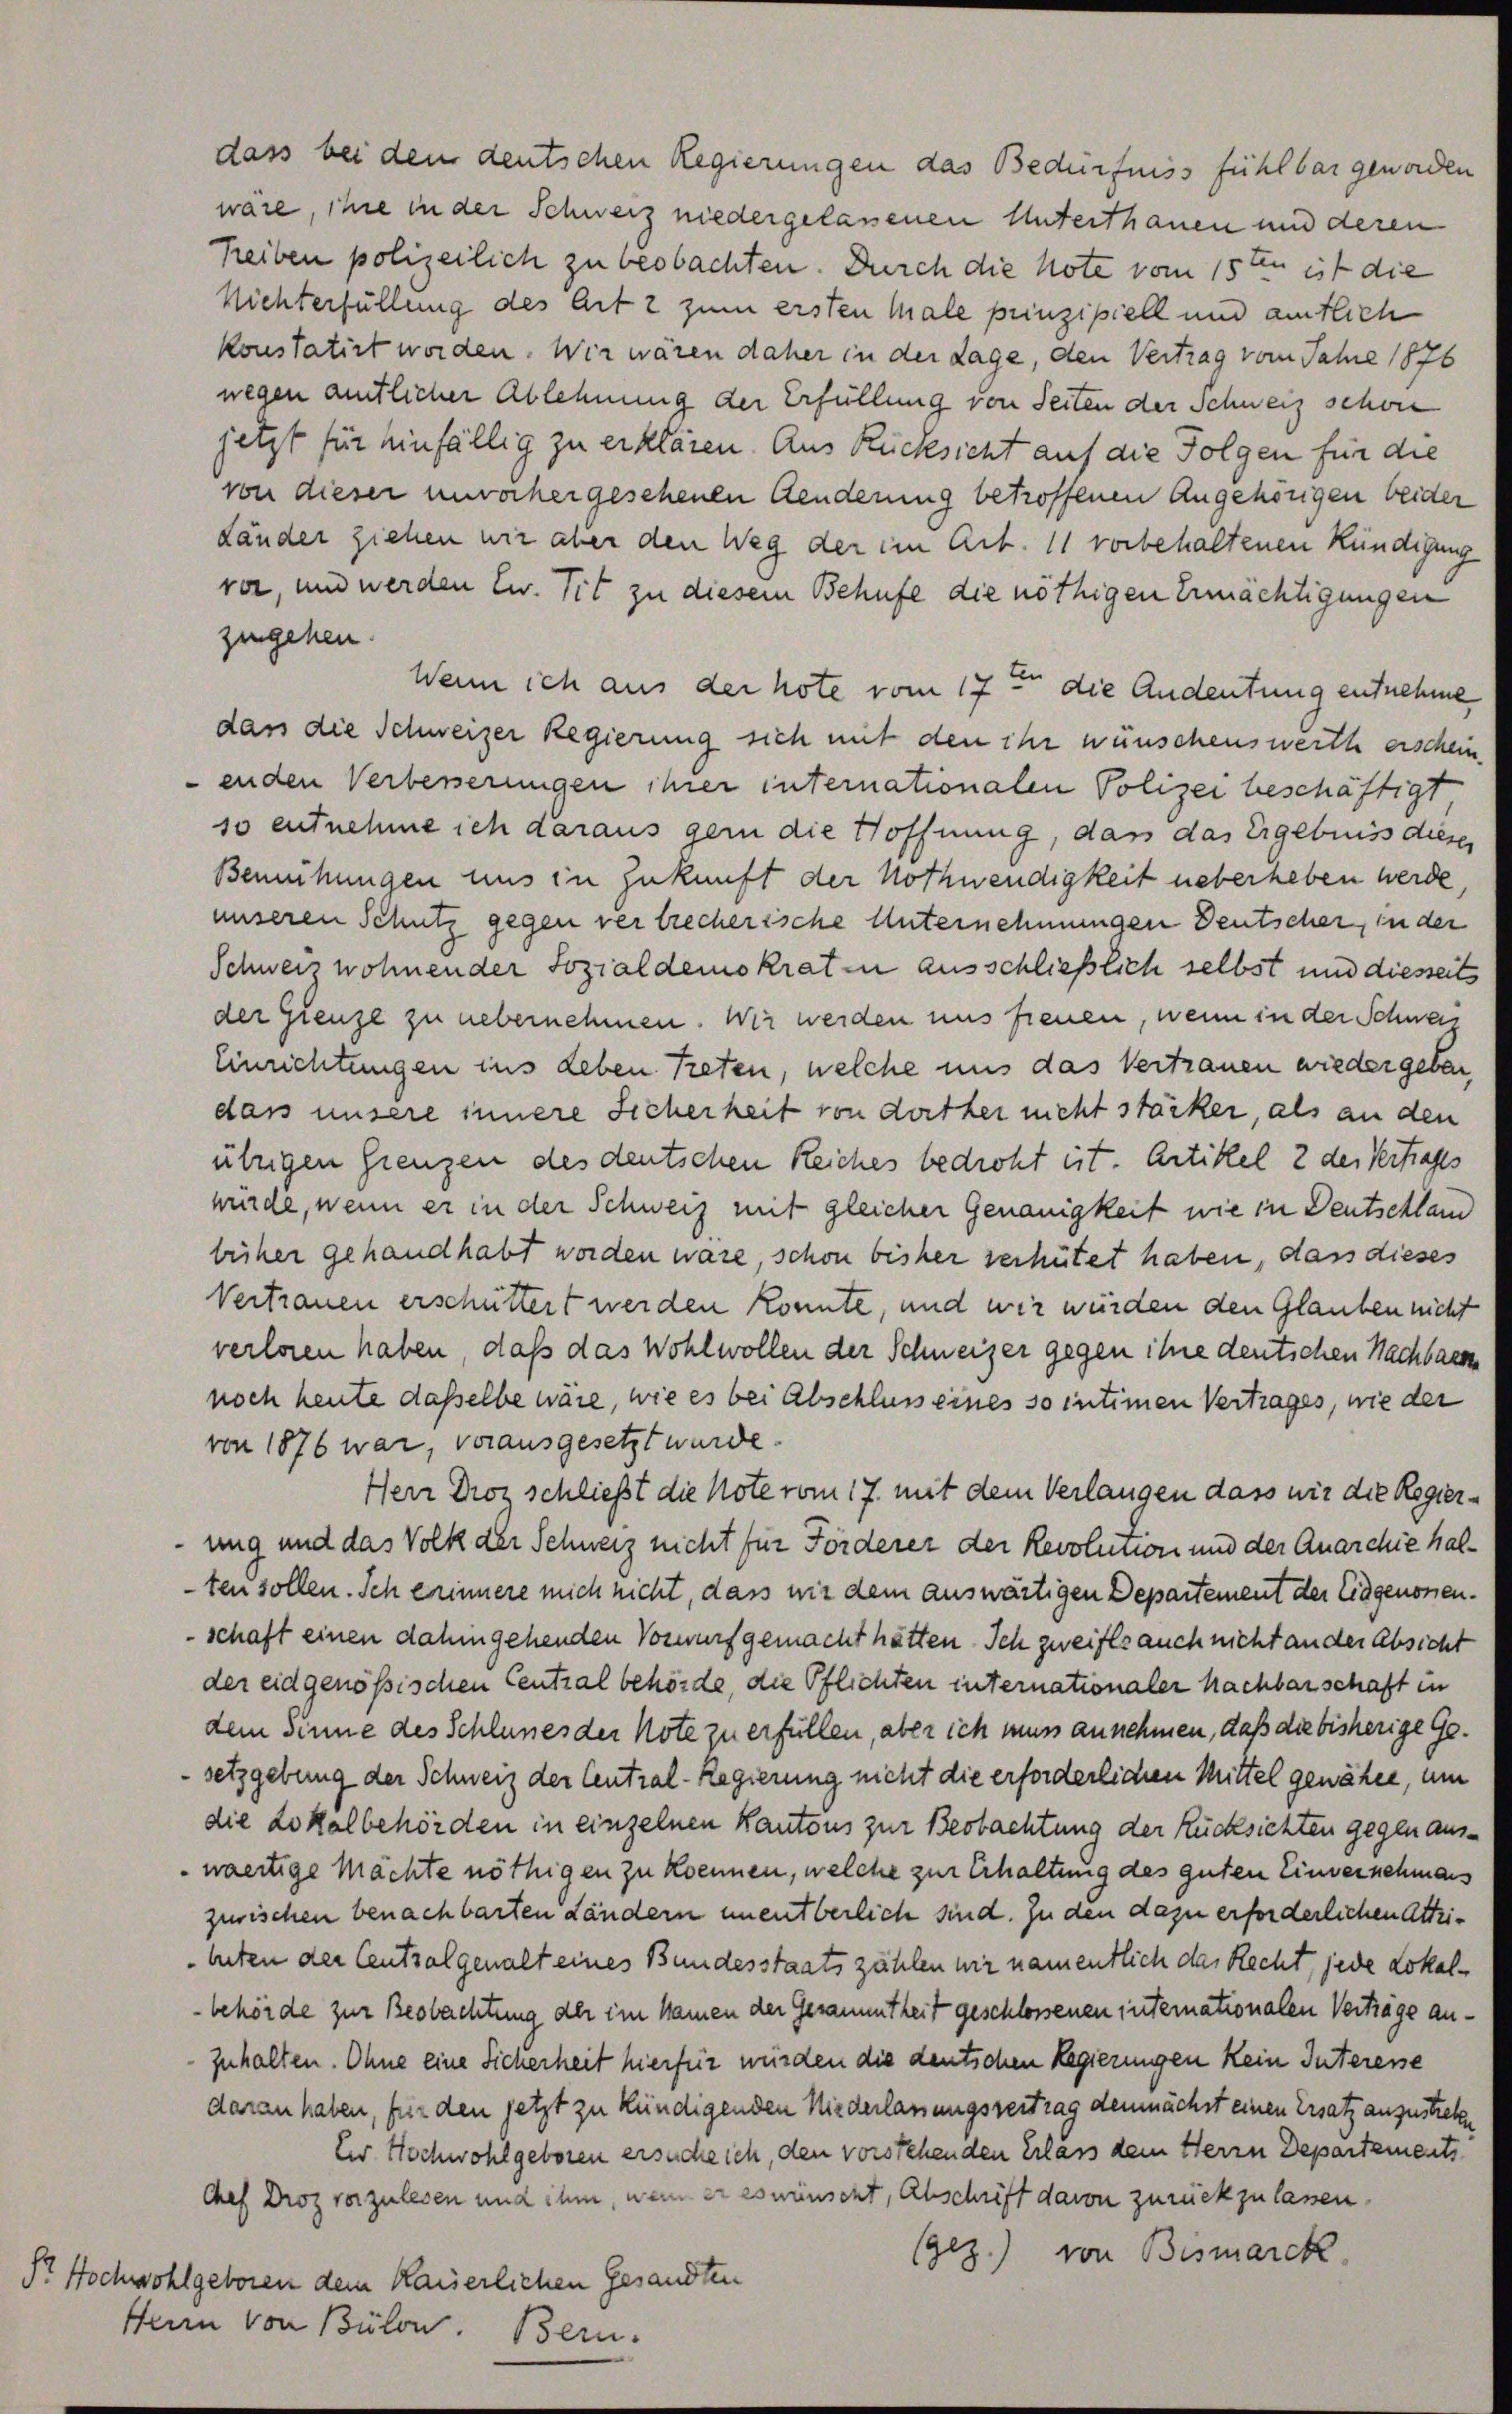
dass bei den deutschen Regierungen das Bedürfniss fühlbar geworden
wäre, ihre in der Schweiz niedergelassenen Unterthanen und deren
heiben polizeilich zu beobachten. Durch die Note vom 15ten ist die
Nichterfüllung des Art 2 zum ersten Male prinzipiell und amtlich
konstatirt worden. Wir wären daher in der Lage, den Vertrag vom Jahre 1876
wegen amtlicher Ablehnung der Erfüllung von Seiten der Schweiz schon
jetzt für hinfällig zu erklären. Aus Rücksicht auf die Folgen für die
von dieser unvorhergesehenen Aenderung betroffenen Angehörigen beider
Länder ziehen wir aber den Weg der im Art. 11 vorbehaltenen Kündigung
ver, und werden Ew. Tit zu diesem Behufe die nöthigen Ermächtigungen
zugehen.
Wenn ich aus der hote vom 17ten die Andeutung entnehme
dass die Schweizer Regierung sich mit den ihr wünschenswerth erschein.
enden Verbesserungen ihrer internationalen Polizei beschäftigt
so entnehme ich daraus gern die Hoffnung, dass das Ergebniss diesen
Bemühungen uns in Zukunft der Nothwendigkeit ueberheben werde,
unseren Schutz gegen vertrecherische Unternehmungen Deutscher, in der
Schweiz wohnender Sozialdemokraten ausschließlich selbst und diesseits
der Grenze zu nebernehmen. Wir werden uns freuen, wenn in der Schwei
Einrichtungen ins Leben treten, welche uns das Vertrauen wiedergeben
dass unsere innere Sicherheit von dorther nicht stärker, als an den
übrigen Grenzen des deutschen Reiches bedroht eit. Artikel 2 des Vertrages
würde, wenn er in der Schweiz mit gleicher Genauigkeit wie in Deutschlam
briher gehandhabt worden wäre, schon bisher verhütet haben, dass dieses
Vertrauen erschüttert werden könnte, und wir würden den Glauben nicht
verloren haben, daß das Wohlwollen der Schweizer gegen ihre deutschen Nachbarke
noch heute dasselbe wäre, wie es bei Abschluss eines so intimen Vertrages, wie der
von 1876 war, vorausgesetzt wurde.
Herr Droz schließt die Note vom 17. mit dem Verlangen dass wir die Regierung und das Volk der Schweiz nicht für Forderer der Revolution und der Anarchie halten sollen. Ich erinnere mich nicht, dass wir dem auswärtigen Departement der Eidgenonen.
schaft einen dahingehenden Vorwurf gemacht hätten. Ich zweifle auch nicht an der Absicht
der eidgenössischen Central behörde, die Pflichten internationaler Nachbarschaft in
dem Sinne des Schlanes der Note zu erfüllen, aber ich muss annehmen, daß die bisherige Gesetzgebung der Schweiz der Central-Regierung nicht die erforderlichen Mittel gewähle, um
die Lokalbehörden in einzelnen Kantons zur Beobachtung der Rücksichten gegen auswaertige Mächte nöthigen zu können, welche zur Erhaltung des guten Einvernehmens
zurischen benachbarten Ländern unentberlich sind. In den dazu erforderlichen Attribeten der Centsalgenalt eines Bundesstaats zählen wir namentlich das Recht, jede Lokalbehörde zur Beobachtung der im Namen der Gesammtheit geschlossenen internationalen Verträge anzuhalten. Ohne eine Sicherheit hierfür würden die deutschen Regierungen kein Interesse
daran haben, für den jetzt zu kündigenden Niederlassungsvertrag demnächst einen Ersatz anzustreben
ter Hochwohlgeboren ersuche ich, den vorstehenden Erlass dem Herrn Departements
Chef Droz vorzulesen und ihm, wenn er erwünscht, Abschrift davon zurückzulassen.
(gez.) von Bismarck.
Sr Hochwohlgeboren dem Kaiserlichen Gesandten
fein von Bülon.
Bern.